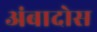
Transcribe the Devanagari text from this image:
अंबादोस